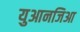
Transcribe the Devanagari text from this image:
युआनजिआ